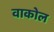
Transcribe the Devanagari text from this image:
वाकोल